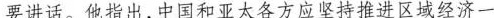
要讲话。他指出，中国和亚太各方应坚持推进区域经济一